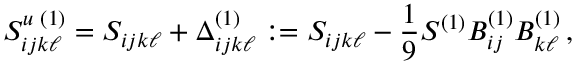
S _ { i j k \ell } ^ { u \, \, ( 1 ) } = S _ { i j k \ell } + \Delta _ { i j k \ell } ^ { ( 1 ) } : = S _ { i j k \ell } - \frac { 1 } { 9 } S ^ { ( 1 ) } B _ { i j } ^ { ( 1 ) } B _ { k \ell } ^ { ( 1 ) } \, ,